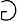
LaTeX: \Game